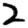
Digit: 2